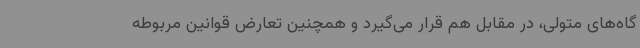
گاه‌های متولی، در مقابل هم قرار می‌گیرد و همچنین تعارض قوانین مربوطه